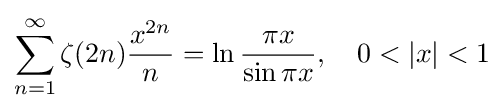
\sum _{n=1}^{\infty }\zeta (2n){\frac {x^{2n}}{n}}=\ln {\frac {\pi x}{\sin \pi x}},\quad 0<|x|<1